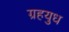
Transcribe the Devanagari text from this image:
ग्रहयुध